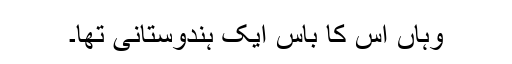
وہاں اس کا باس ایک ہندوستانی تھا۔